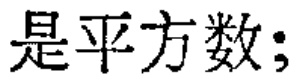
是平方数;